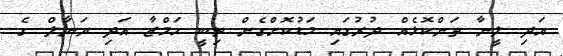
އަދި ލީނާ ތަންކޮޅެއް ދުރުގައި މަޑުކޮށްގެން ތިބީ ހަމްޒާ އަދި ޔަނާލް ގެ